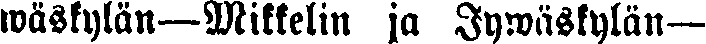
wäskylän—Mikkelin ja Jywäskylän—